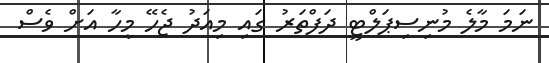
ނަމަ މާލެ މުނިސިޕަލްޓީ ދަފްތަރު ގައި މިއަދު ޖެހޭ މީހާ އަށް ވެސް